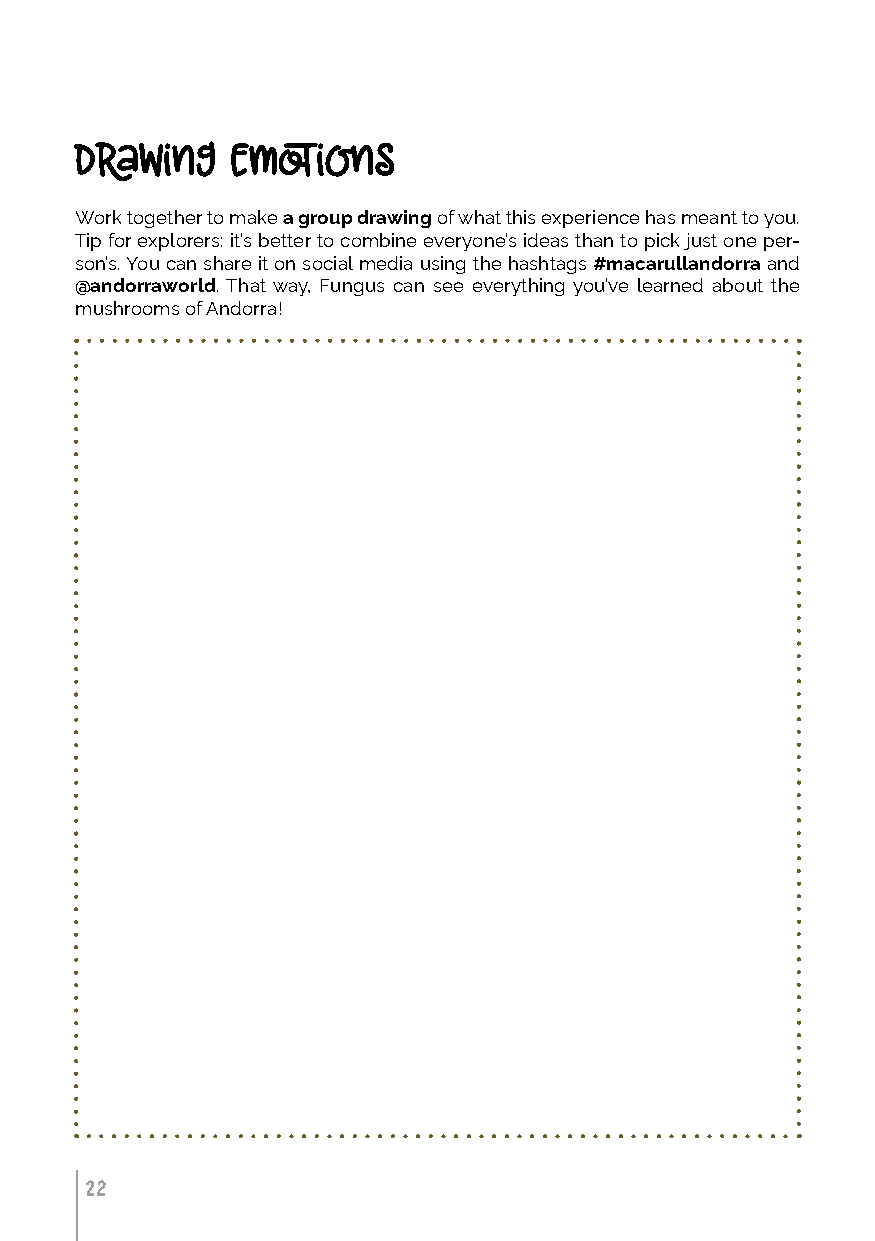
drawing   emotions
 Work together to make a group drawing of what this experience has meant to you.
 Tip for explorers: it’s better to combine everyone’s ideas than to pick just one per-
 son’s. You can share it on social media using the hashtags #macarullandorra and
 @andorraworld. That way, Fungus can see everything you’ve learned about the
 mushrooms of Andorra!
 22